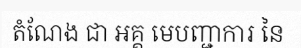
តំណែង ជា អគ្គ មេបញ្ជាការ នៃ